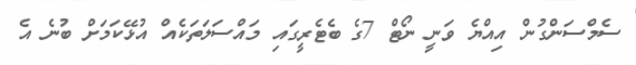
ސެމްސަންގުން އިއްޔެ ވަނީ ނޯޓް 7ގެ ބެޓެރީގައި މައްސަލަތަކެއް އުޅޭކަމަށް ބުނެ އެ